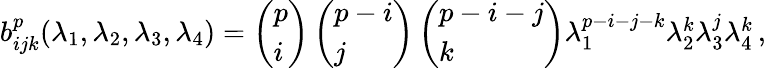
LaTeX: \begin{array}{r}{b_{ijk}^{p}(\lambda_{1},\lambda_{2},\lambda_{3},\lambda_{4})=\left(\begin{array}{l}{p}\\ {i}\end{array}\right)\left(\begin{array}{l}{p-i}\\ {j}\end{array}\right)\left(\begin{array}{l}{p-i-j}\\ {k}\end{array}\right)\lambda_{1}^{p-i-j-k}\lambda_{2}^{k}\lambda_{3}^{j}\lambda_{4}^{k}\, ,}\end{array}